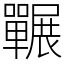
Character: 囅